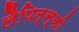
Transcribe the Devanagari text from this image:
लैपित्स्की